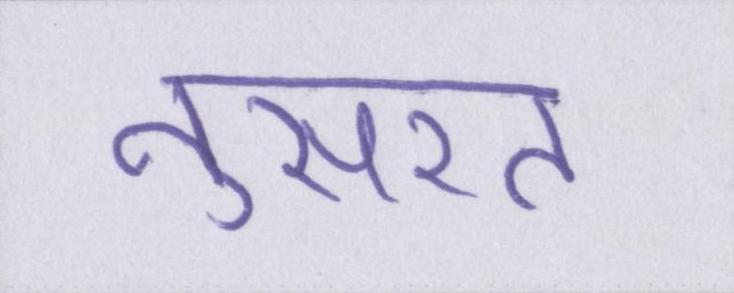
नुसरत